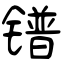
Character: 镨